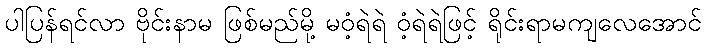
ပါပြန်ရင်လာ ဗိုင်းနာမ ဖြစ်မည်မို့ မဝံ့ရဲရဲ ဝံ့ရဲရဲဖြင့် ရိုင်းရာမကျလေအောင်